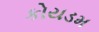
કોયડમ